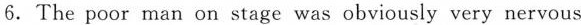
6.The poor man on stage was obviously very nervous